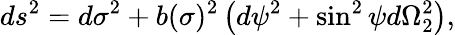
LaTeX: ds^{2}=d\sigma^{2}+b(\sigma)^{2}\left(d\psi^{2}+\sin^{2}\psi d\Omega_{2}^{2}\right),